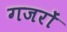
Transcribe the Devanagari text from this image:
गजरों